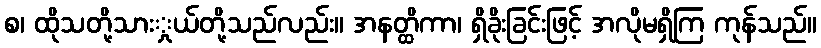
စ၊ ထိုသတို့သားှုယ်တို့သည်လည်း။ အနတ္ထိကာ၊ ရှိခိုးခြင်းဖြင့် အလိုမရှိကြ ကုန်သည်။